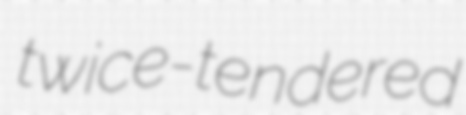
twice-tendered